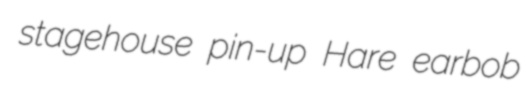
stagehouse pin-up Hare earbob